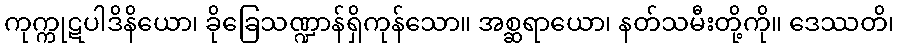
ကုက္ကုဋပါဒိနိယော၊ ခိုခြေသဏ္ဍာန်ရှိကုန်သော။ အစ္ဆရာယော၊ နတ်သမီးတို့ကို။ ဒေဿတိ၊